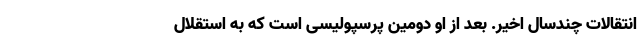
انتقالات چندسال اخیر. بعد از او دومین پرسپولیسی است که به استقلال